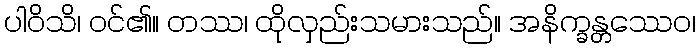
ပါဝိသိ၊ ဝင်၏။ တဿ၊ ထိုလှည်းသမားသည်။ အနိက္ခန္တဿေဝ၊